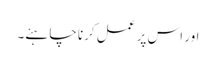
اور اس پر عمل کرنا چاہئے۔